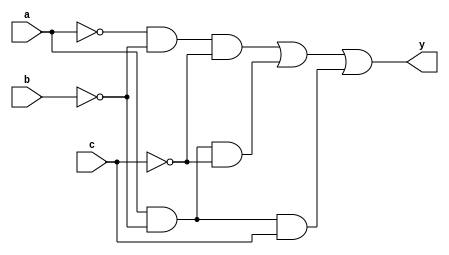
module sillyfunction_112(a, b, c, y);

input a, b, c;
output y;

assign y = ~a & ~b & ~c | a & ~b & ~c | a & ~b & c;

endmodule